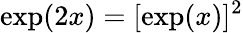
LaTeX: \exp(2x)=[\exp(x)]^{2}